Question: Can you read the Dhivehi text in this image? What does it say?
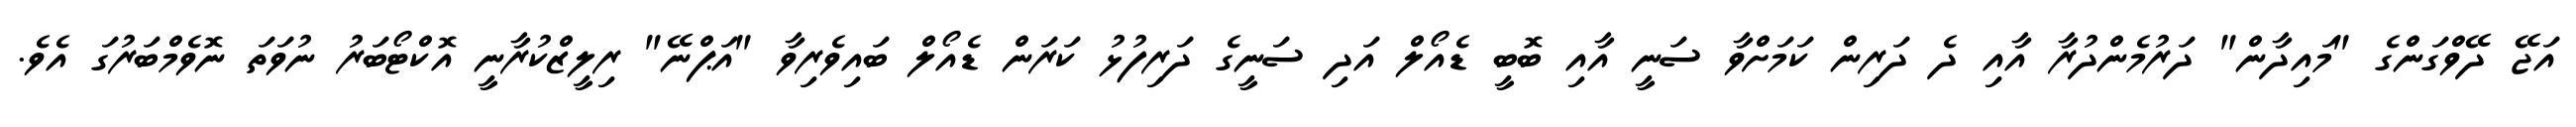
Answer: އަޖޭ ދޭވްގަންގެ "މައިދާން" ދަރުމެންދުރާ އާއި ދެ ދަރިން ކަމަށްވާ ސަނީ އާއި ބޮބީ ޑެއޯލް އަދި ސަނީގެ ދަރިފުޅު ކަރަން ޑެއޯލް ބައިވެރިވާ "އަޕްނޭ" ރިލީޒްކުރާނީ އޮކްޓޯބަރު ނުވަތަ ނޮވެމްބަރުގަ އެވެ.